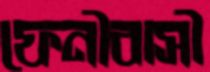
ফেনীবাসী